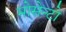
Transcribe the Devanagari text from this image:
मोसेन्टो